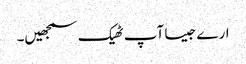
ارے جیسا آپ ٹھیک سمجھیں۔